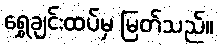
ရွှေချင်းထပ်မှ မြတ်သည်။